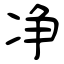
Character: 净